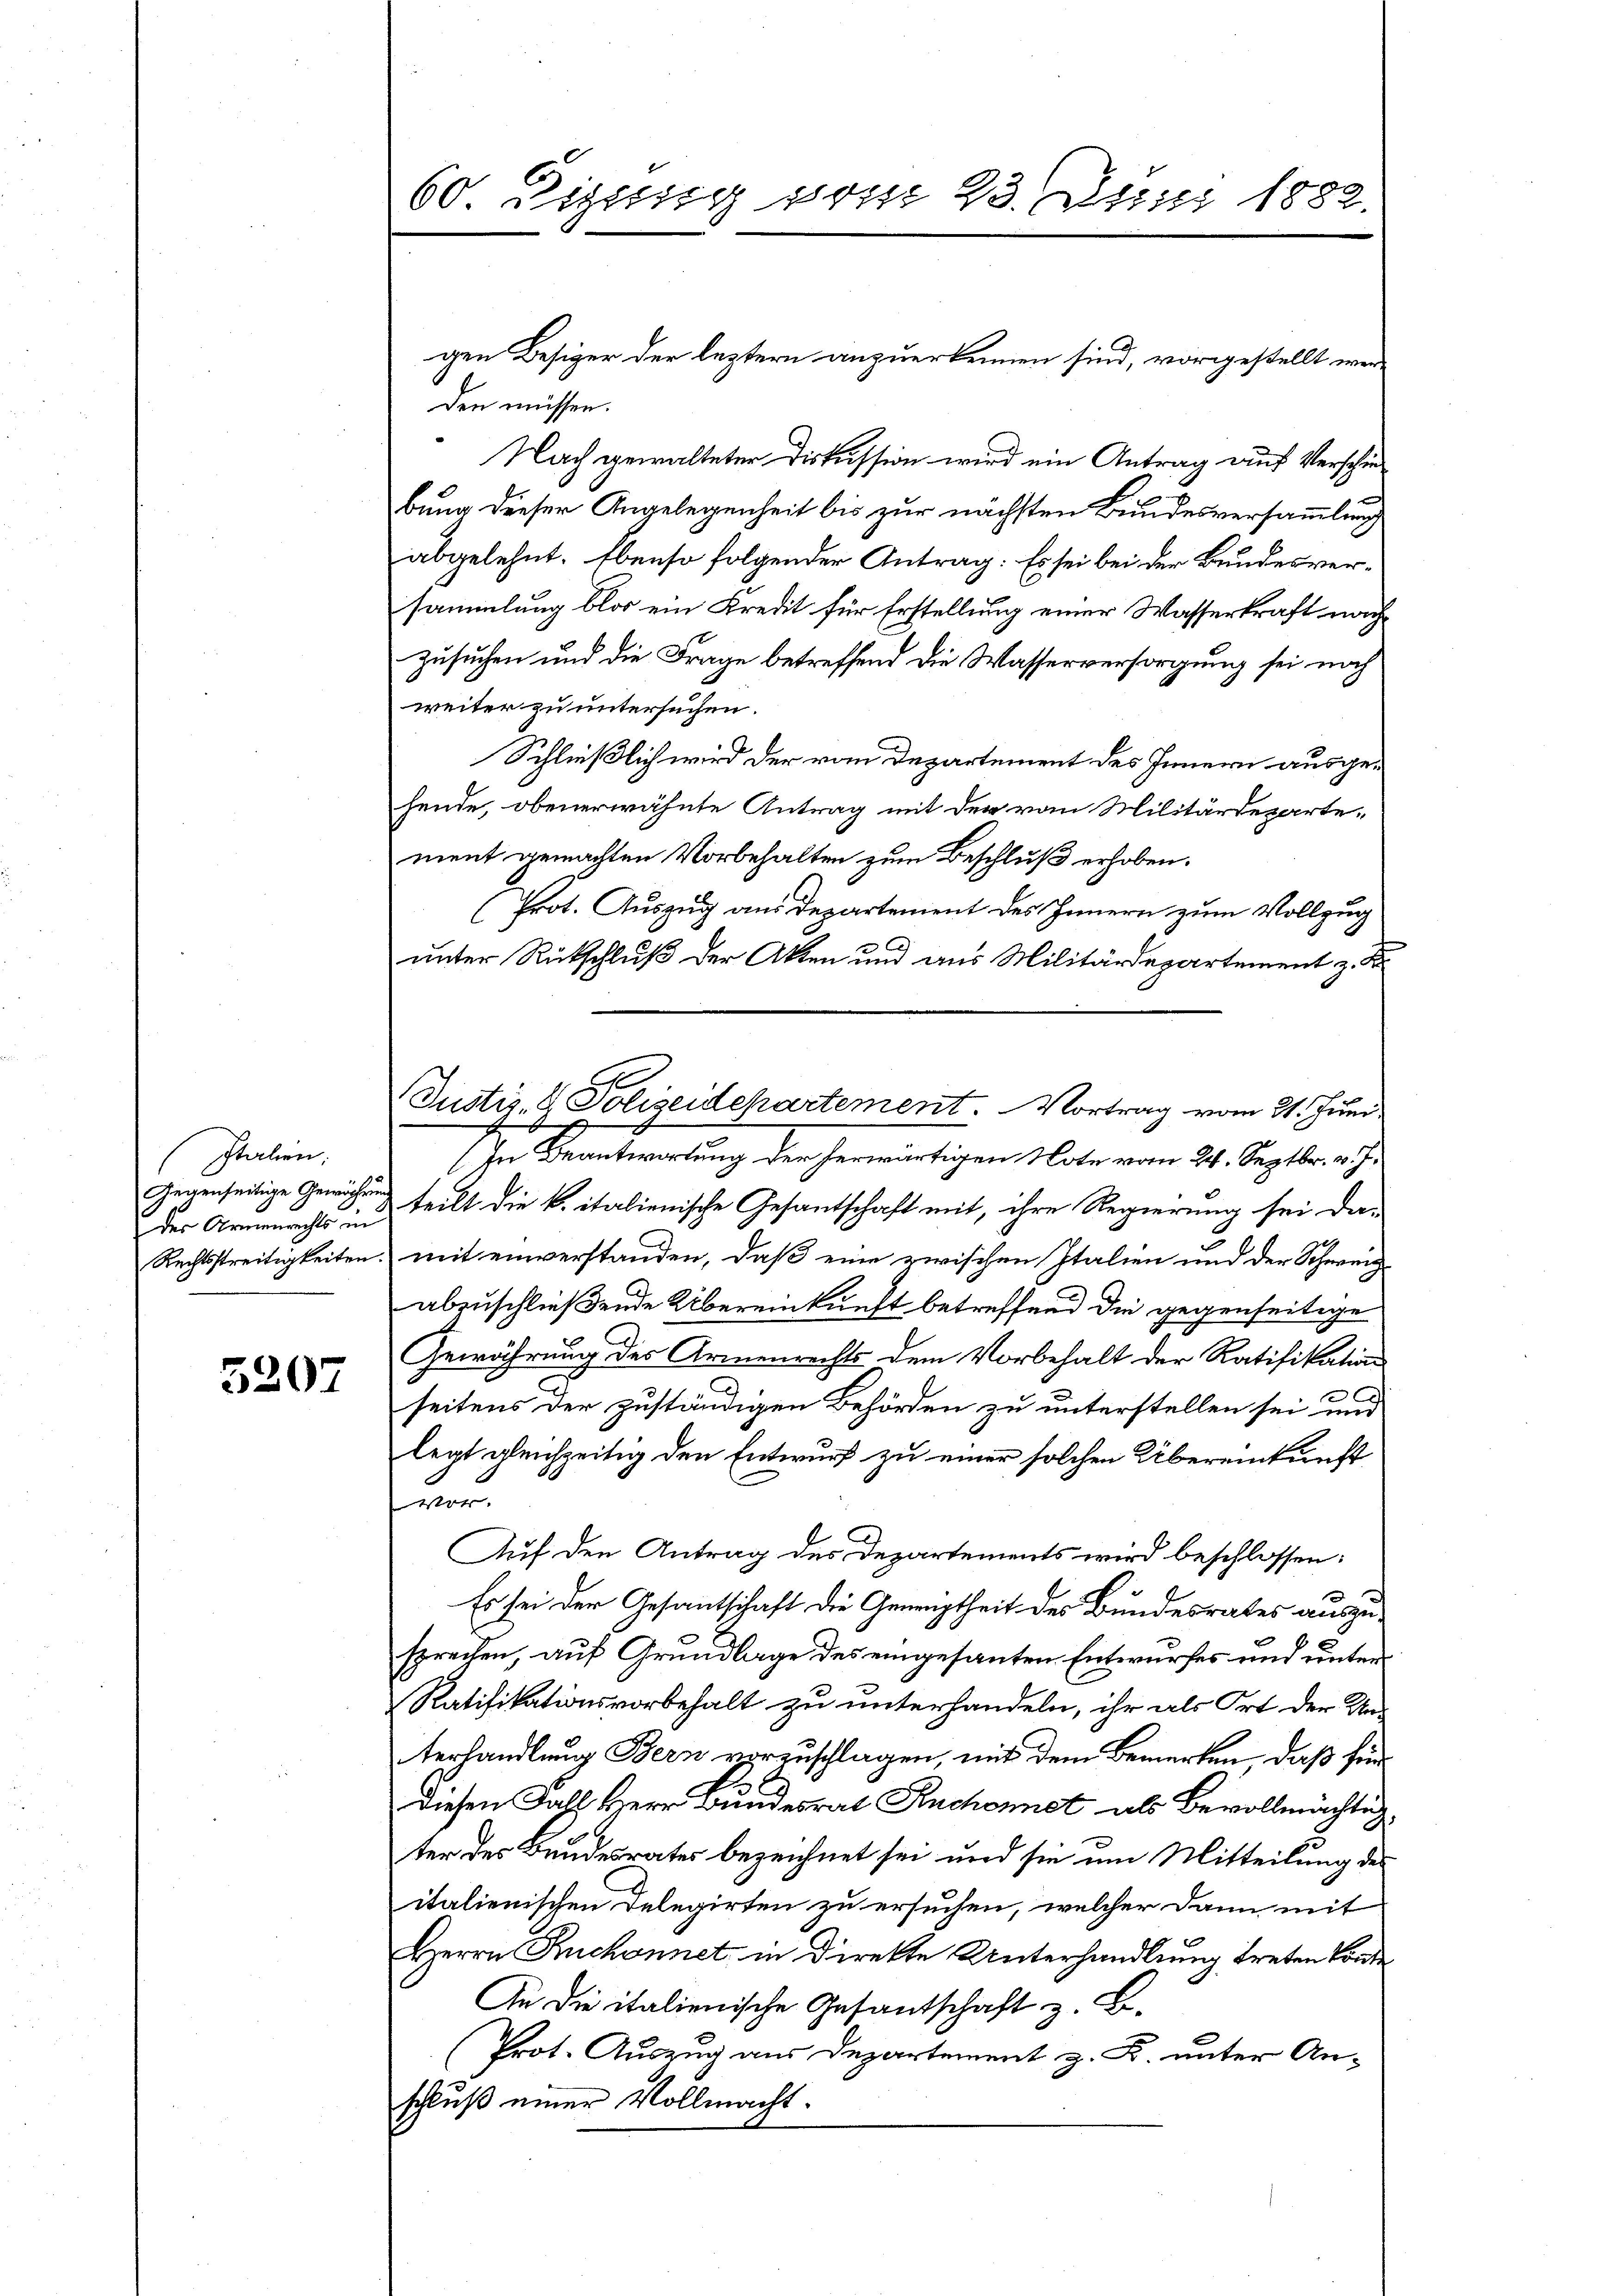
Italien;
1
Gegenseitige Gewährung
der Armenrechts in
Rechtsstreitigkeiten.

5207

60 Tigung vom 23. Juni 1882.

gen Besiger der leztern anzuerkennen sind, vorgestellt werden müssen.
Nach gewalteter Diskussion wird ein Antrag auf Verschie
bung dieser Angelegenheit bis zur nächsten Bundesversammlung
abgelehnt. Ebenso folgender Antrag: Es sei bei der Bundesversammlung blos ein Kredit für Erstellung einer Wasserkraft nach
zusuchen und die Frage betreffend die Wasserversorgung sei noch
weiter zu untersuchen.
Schließlich wird der vom Departement des Innern ausgehende, obenerwähnte Antrag mit der vom Militärdeparte-
ment gemachten Vorbehalten zum Beschluß erhoben.
Prot. Auszug aus Departement des Innern zum Vollzug
unter Rückschluß der Akten und aus Militärdepartement z. B.
In Beantwortung der herwärtigen Note vom 24. Septbr. v. J.
teilt die k. italienische Gesantschaft mit, ihre Regierung sei da-
mit einverstanden, daß eine zwischen Italien und der Schweig
abzuschließende Übereinkunft betreffend die gegenseitige
Gewährung des Armenrechts dem Vorbehalt der Ratifikation
seitens der zuständigen Behörden zu unterstellen sei und
legt gleichzeitig den Entwurf zu einer solchen Übereinkunft
war
Auf den Antrag des Departements wird beschlossen:
¬
Es sei der Gesantschaft die Geneigtheit des Bundesrates auszu-
sprechen, auf Grundlage des eingesanten Entwurfes und unter
Ratifikationsvorbehalt zu unterhandeln, ihr als Ort der Un-
terhandlung Bern vorzuschlagen, mit dem Bemerken, daß für
Diesen Fahl, Herr Bundesrat Ruchonnst als Bevollmächtig
ter des Bundesrates bezeichnet sei und sie um Mitteilung des
italienischen Delegirten zu ersuchen, welcher dann mit
Herrn Ruchonnet in Direkte Unterhandlung treten Bonde
An die italienische Gesantschaft z. B.
Prot. Auszug aus Departement z. B. unter Anschluß einer Vollmacht.

Justiz- & Polizeidepartement Vortrag vom 21. Juni